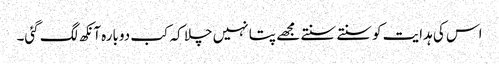
اس کی ہدایت کو سنتے سنتے مجھے پتا نہیں چلا کہ کب دوبارہ آنکھ لگ گئی۔